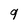
Character: g